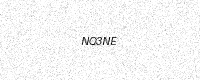
Text: NQ3NE